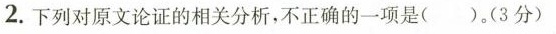
2.下列对原文论证的相关分析，不正确的一项是()，(3分)